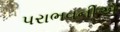
પરાભવનીએ